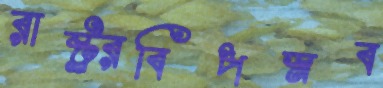
রাষ্ট্র্রবিপস্নব